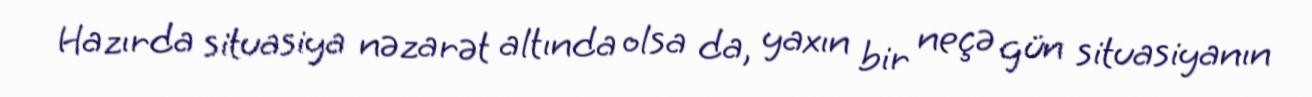
Hazırda situasiya nəzarət altında olsa da, yaxın bir neçə gün situasiyanın